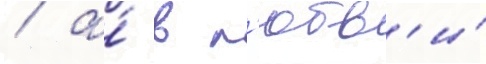
/ а́ в л'юбв'и́